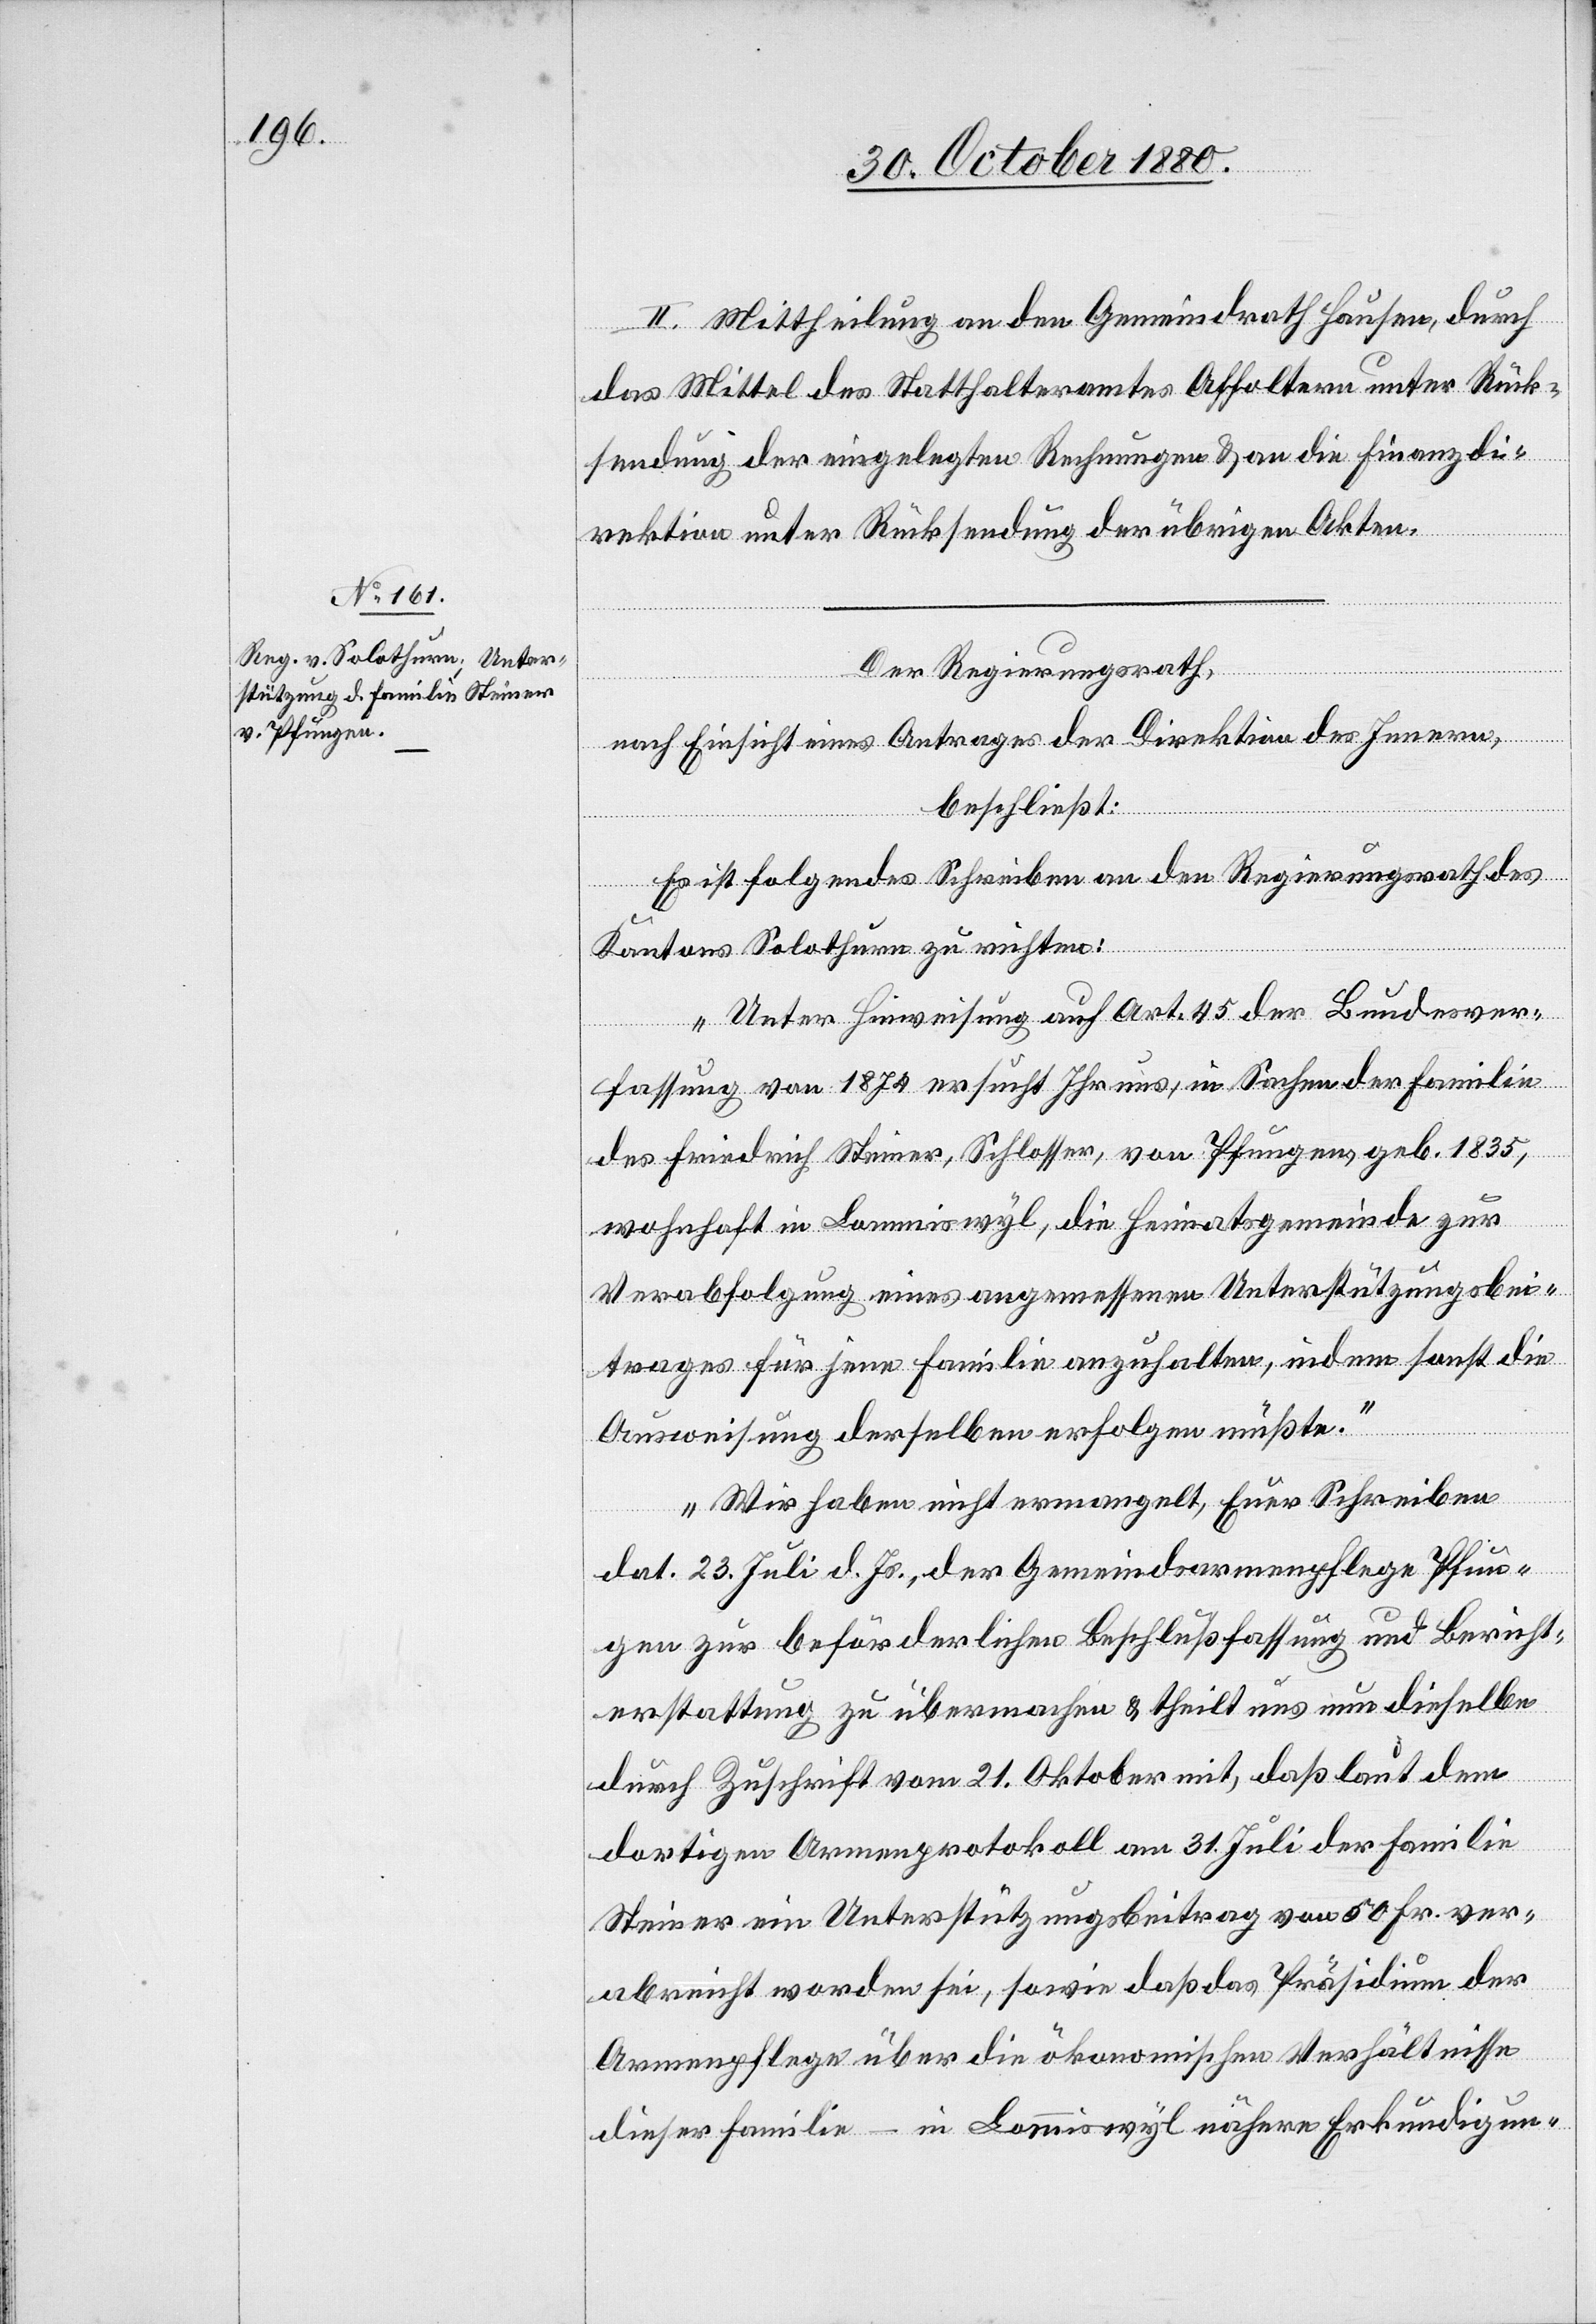
II. Mittheilung an den Gemeindrath Hausen durch
das Mittel des Statthalteramtes Affoltern unter Rück¬
sendung der eingelegten Rechnungen & an die Finanzdi¬
rektion unter Rücksendung der übrigen Akten.
Der Regierungsrath,
nach Einsicht eines Antrages der Direktion des Innern,
beschließt:
Es ist folgendes Schreiben an den Regierungsrath des
Kantons Solothurn zu richten:
„Unter Hinweisung auf Art. 45 der Bundesver¬
fassung von 1874 ersucht Ihr uns, in Sachen der Familie
des Friedrich Steiner, Schlosser, von Pfungen, geb. 1835,
wohnhaft in Lommiswyl, die Heimatsgemeinde zur
Verabfolgung eines angemessenen Unterstützungsbei¬
trages für jene Familie anzuhalten, indem sonst die
Anweisung derselben erfolgen müßte.
Wir haben nicht ermangelt, Euer Schreiben
dat. 23. Juni d. Js., der Gemeindearmenpflege Pfun¬
gen zur beförderlichen Beschlußfassung und Bericht¬
erstattung zu übermachen & theilt uns nun dieselbe
durch Zuschrift vom 21. Oktober mit, daß laut dem
dortigen Armenprotokoll am 31. Juli der Familie
Steiner ein Unterstützungsbeitrag von 50 Fr. ver¬
abreicht worden sei, sowie daß das Präsidium der
Armenpflege über die ökonomischen Verhältnisse
dieser Familie – in Lommiswyl nähere Erkundigun-